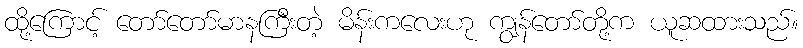
ထို့ကြောင့် တော်တော်မာနကြီးတဲ့ မိန်းကလေးဟု ကျွန်တော်တို့က ယူဆထားသည်။